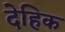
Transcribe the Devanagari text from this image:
देहिक